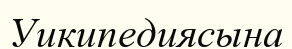
Уикипедиясына